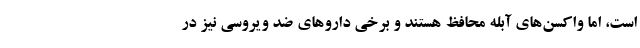
است، اما واکسن‌های آبله محافظ هستند و برخی داروهای ضد ویروسی نیز در